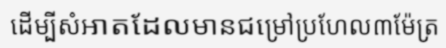
ដើម្បីសំអាតដែលមានជម្រៅប្រហែល៣ម៉ែត្រ